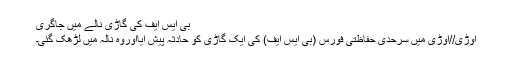
بی ایس ایف کی گاڑی نالے میں جاگری
اوڑی//اوڑی میں سرحدی حفاظتی فورس (بی ایس ایف) کی ایک گاڑی کو حادثہ پیش آیااوروہ نالہ میں لڑھک گئی۔